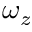
\omega _ { z }